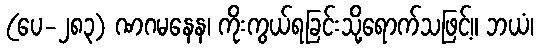
(ပေ-၂၈၃) ဏဂမနေန၊ ကိုးကွယ်ရခြင်းသို့ရောက်သဖြင့်။ ဘယံ၊